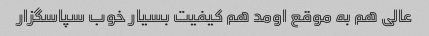
عالی هم به موقع اومد هم کیفیت بسیار خوب سپاسگزار